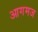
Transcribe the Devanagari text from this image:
आगमज